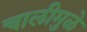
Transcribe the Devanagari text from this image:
चालीमुळे